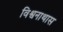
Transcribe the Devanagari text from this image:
विश्वनाथास